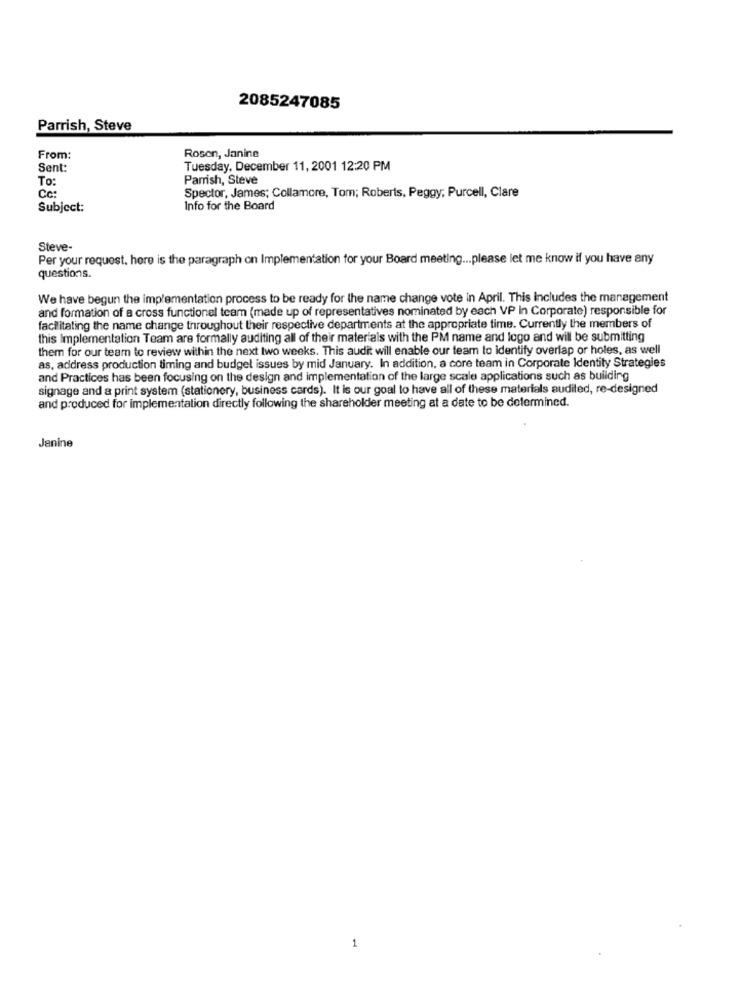
2085247085
Parrish, Steve
Rosen, Janine
From:
Sent:
Tuesday, December 11, 2001 12:20 PM
To:
Parrish, Steve
Cc:
Spector, James; Collamore, Tom; Roberts, Peggy; Purcell, Clare
Subject:
Info for the Board
Steve-
Per your request. here is the paragraph on Implementation for your Board meeting ... please let me know if you have any
questions.
We have begun the implementation process to be ready for the name change vote in April. This includes the management
and formation of a cross functionel team (made up of representatives nominated by each VP in Corporate) responsible for
facilitating the name change throughout their respective departments at the appropriate time. Currently the members of
this Implementation Team are formally auditing all of their materials with the PM name and logo and will be submitting
them for our team to review within the next two weeks. This audit will enable our team to identify overlap or holes, as well
as, address production timing and budget issues by mid January. In addition, a core team in Corporate Identity Strategies
and Practices has been focusing on the design and implementation of the large scale applications such as building
signage and a print system (stationery, business cards). It is our goal to have all of these materials audited, re-designed
and produced for implementation directly following the shareholder meeting at a date to be determined.
Janine
1